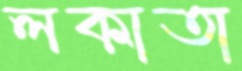
লকাতা